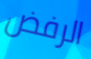
الرفض